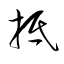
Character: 抵